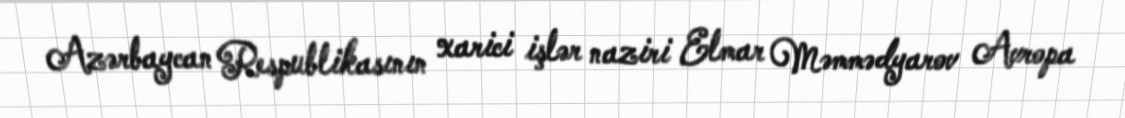
Azərbaycan Respublikasının xarici işlər naziri Elmar Məmmədyarov Avropa